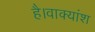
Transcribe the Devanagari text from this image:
है।वाक्यांश